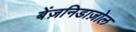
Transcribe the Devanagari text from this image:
बेंज़निडाज़ोल